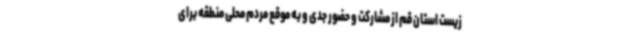
زیست استان قم از مشارکت و حضور جدی و به موقع مردم محلی منطقه برای